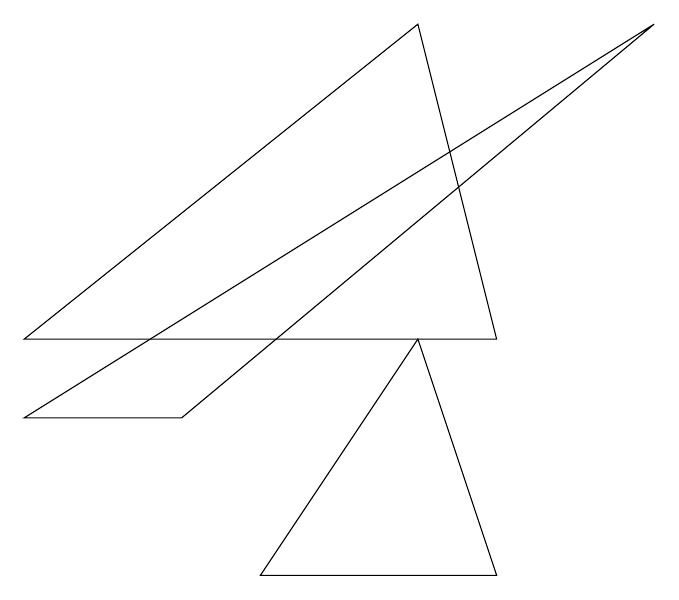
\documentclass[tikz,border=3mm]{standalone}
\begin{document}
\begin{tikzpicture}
\draw (7,3) -- (6,7) -- (1,3) -- cycle;
\draw (7,0) -- (6,3) -- (4,0) -- cycle;
\draw (1,2) -- (9,7) -- (3,2) -- cycle;
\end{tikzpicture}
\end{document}